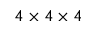
4 \times 4 \times 4